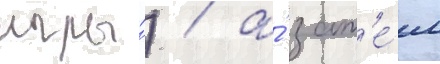
игры́) / а́ зат'е́м